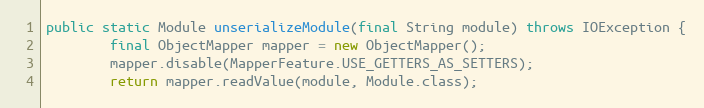
Language: Java
public static Module unserializeModule(final String module) throws IOException {
        final ObjectMapper mapper = new ObjectMapper();
        mapper.disable(MapperFeature.USE_GETTERS_AS_SETTERS);
        return mapper.readValue(module, Module.class);